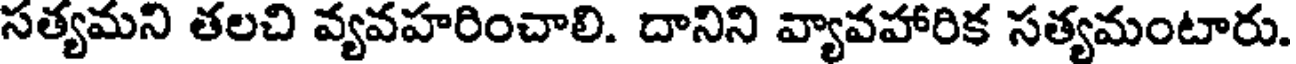
సత్యమని తలచి వ్యవహరించాలి. దానిని వ్యావహారిక సత్యమంటారు.